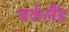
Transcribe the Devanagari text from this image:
बर्कलैंड